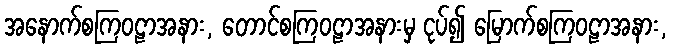
အနောက်စကြဝဠာအနား, တောင်စကြဝဠာအနားမှ ငုပ်၍ မြောက်စကြဝဠာအနား,